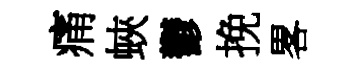
痛蛺鬱挽畧